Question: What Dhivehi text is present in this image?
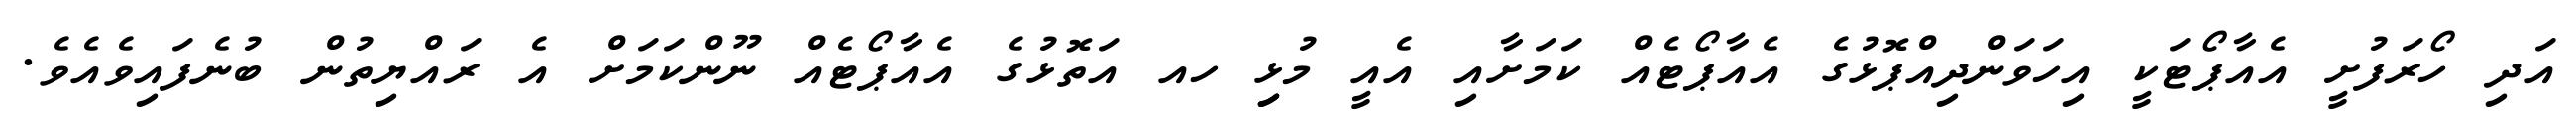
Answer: އަދި ހޯރަފުށީ އެއާޕޯޓަކީ އިހަވަންދިއްޕޮޅުގެ އެއާޕޯޓެއް ކަމަށާއި އެއީ މުޅިި ހއ އަތޮޅުގެ އެއާޕޯޓެއް ނޫންކަމަށް އެ ރައްޔިތުން ބުނެފައިވެއެވެ.